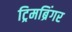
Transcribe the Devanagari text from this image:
ट्रिमब्रिंगर